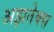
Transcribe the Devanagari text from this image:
अझतेक्स